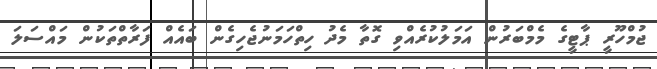
ޖުމްހޫރީ ޕާޓީގެ މެމްބަރުން އަމަލުކުރެއްވި ގޮތާ މެދު ހިތްހަމަނުޖެހިގެން ބައެއް ފަރާތްތަކުން މައްސަލަ